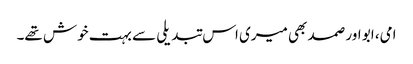
امی، ابو اور صمد بھی میری اس تبدیلی سے بہت خوش تھے۔